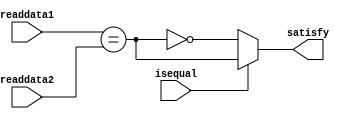
`timescale 1ns / 1ps
//////////////////////////////////////////////////////////////////////////////////
// Company: 
// Engineer: 
// 
// Design Name: 
// Module Name: AdvanceDecide
// Project Name: 
// Target Devices: 
// Tool Versions: 
// Description: 
// 
// Dependencies: 
// 
// Revision:
// Revision 0.01 - File Created
// Additional Comments:
// 
//////////////////////////////////////////////////////////////////////////////////


module AdvanceDecide(
    input [31:0] readdata1,readdata2,
    input isequal,
    output reg satisfy
    );
    initial begin
        satisfy=0;
    end
    always @ (readdata1 or readdata2 or isequal)
    begin
        if(isequal)
            satisfy=(readdata1==readdata2);
        else
            satisfy=!(readdata1==readdata2);
    end
endmodule